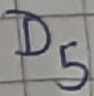
Text: D5